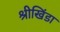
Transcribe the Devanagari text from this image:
श्रीखिंडा